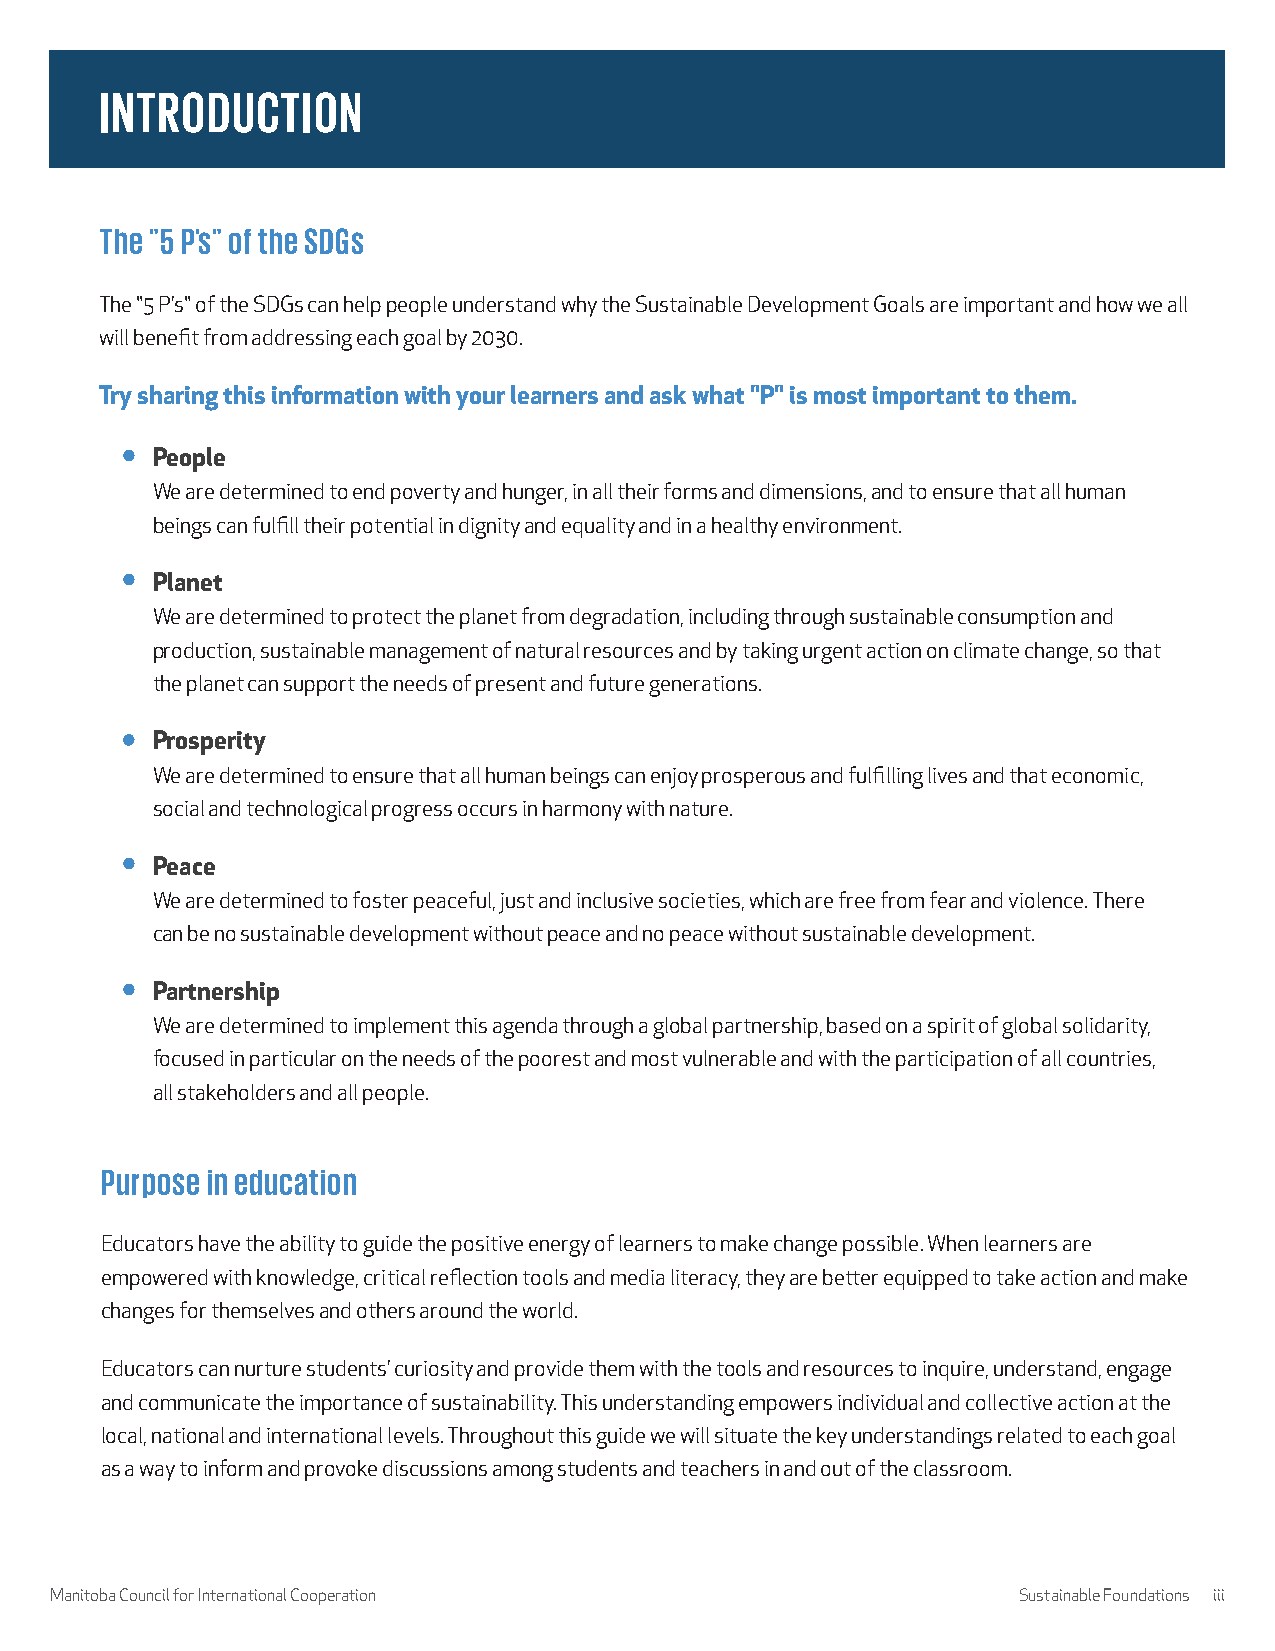
INTRODUCTION
 The "5 P's" of the SDGs
 The "5 P’s" of the SDGs can help people understand why the Sustainable Development Goals are important and how we all
 will benefit from addressing each goal by 2030.
 Try sharing this information with your learners and ask what "P" is most important to them.
 People
 We are determined to end poverty and hunger, in all their forms and dimensions, and to ensure that all human
 beings can fulfill their potential in dignity and equality and in a healthy environment.
 Planet
 We are determined to protect the planet from degradation, including through sustainable consumption and
 production, sustainable management of natural resources and by taking urgent action on climate change, so that
 the planet can support the needs of present and future generations.
 Prosperity
 We are determined to ensure that all human beings can enjoy prosperous and fulfilling lives and that economic,
 social and technological progress occurs in harmony with nature.
 Peace
 We are determined to foster peaceful, just and inclusive societies, which are free from fear and violence. There
 can be no sustainable development without peace and no peace without sustainable development.
 Partnership
 We are determined to implement this agenda through a global partnership, based on a spirit of global solidarity,
 focused in particular on the needs of the poorest and most vulnerable and with the participation of all countries,
 all stakeholders and all people.
 Purpose in education
 Educators have the ability to guide the positive energy of learners to make change possible. When learners are
 empowered with knowledge, critical reflection tools and media literacy, they are better equipped to take action and make
 changes for themselves and others around the world.
 Educators can nurture students’ curiosity and provide them with the tools and resources to inquire, understand, engage
 and communicate the importance of sustainability. This understanding empowers individual and collective action at the
 local, national and international levels. Throughout this guide we will situate the key understandings related to each goal
 as a way to inform and provoke discussions among students and teachers in and out of the classroom.
 Manitoba Council for International Cooperation                  Sustainable Foundations iii